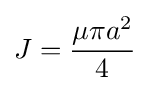
J={\frac {\mu \pi a^{2}}{4}}